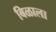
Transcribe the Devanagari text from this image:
बिळाला